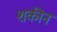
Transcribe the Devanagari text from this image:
शकीन